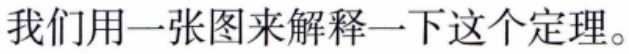
我们用一张图来解释一下这个定理。